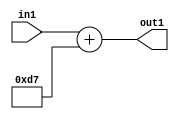
`timescale 1ps / 1ps
/*****************************************************************************
    Verilog RTL Description
    
    
    Created by: Stratus DpOpt 2019.1.01 
*******************************************************************************/

module DC_Filter_Add_12U_38_1 (
	in1,
	out1
	); /* architecture "behavioural" */ 
input [11:0] in1;
output [11:0] out1;
wire [11:0] asc001;

assign asc001 = 
	+(in1)
	+(12'B000011010111);

assign out1 = asc001;
endmodule

/* CADENCE  urn1SQg= : u9/ySgnWtBlWxVPRXgAZ4Og= ** DO NOT EDIT THIS LINE ******/